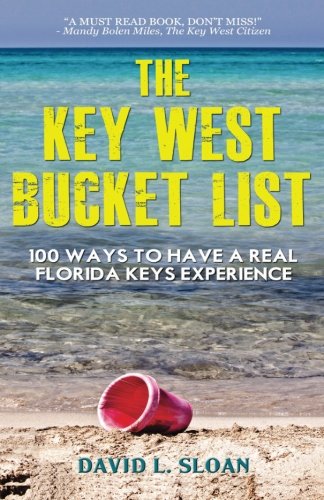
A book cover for The Key West Bucket List: 100 ways to have a real Key West experience; David L. Sloan; Travel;